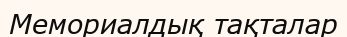
Мемориалдық тақталар